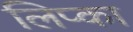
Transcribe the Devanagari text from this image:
लिप्का